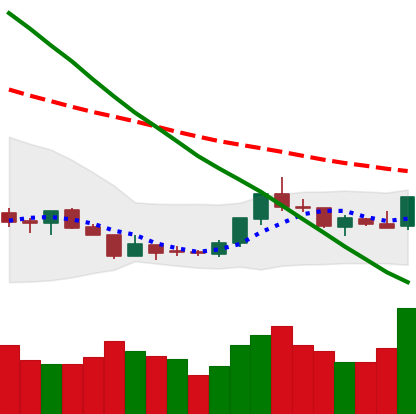
Ticker: LTC-USD
Chart end date: 2018-07-24
Forward return: -5.825%
Label: down_5_7